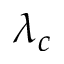
\lambda _ { c }